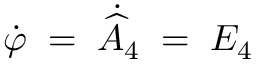
\dot { \varphi } \; = \; \dot { \widehat { A } } _ { 4 } \; = \; E _ { 4 }